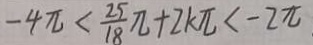
- 4 \pi < \frac { 2 5 } { 1 8 } \pi + 2 k \pi < - 2 \pi